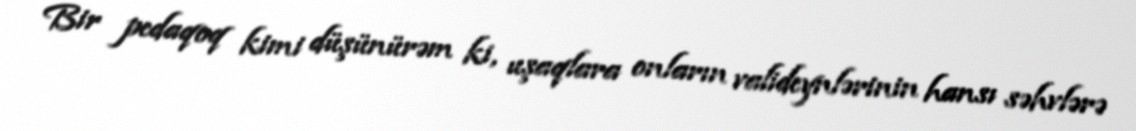
Bir pedaqoq kimi düşünürəm ki, uşaqlara onların valideynlərinin hansı səhvlərə